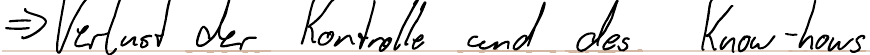
=> Verlust der Kontrolle und des Know-hows